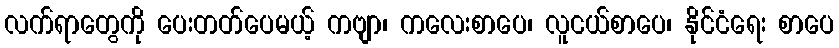
လက်ရာတွေကို ပေးတတ်ပေမယ့် ကဗျာ၊ ကလေးစာပေ၊ လူငယ်စာပေ၊ နိုင်ငံရေး စာပေ